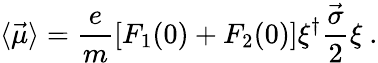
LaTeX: \langle\vec{\mu}\rangle=\frac{e}{m}[F_{1}(0)+F_{2}(0)]{\xi}^{\dagger}\frac{\vec{\sigma}}{2}\xi\ .